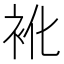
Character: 𮕬